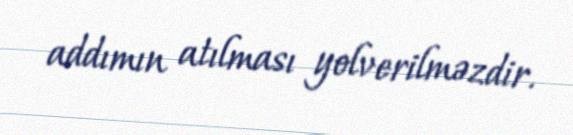
addımın atılması yolverilməzdir.